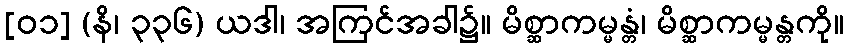
[၀၁] (နိ၊ ၃၃၆) ယဒါ၊ အကြင်အခါ၌။ မိစ္ဆာကမ္မန္တံ၊ မိစ္ဆာကမ္မန္တကို။